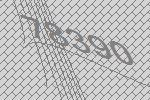
78390